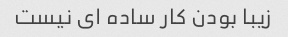
زیبا بودن کار ساده ای نیست